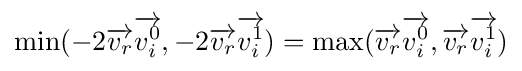
\,\!\min(-2{\overrightarrow {v_{r}}}{\overrightarrow {v_{i}^{0}}},-2{\overrightarrow {v_{r}}}{\overrightarrow {v_{i}^{1}}})=\max({\overrightarrow {v_{r}}}{\overrightarrow {v_{i}^{0}}},{\overrightarrow {v_{r}}}{\overrightarrow {v_{i}^{1}}})